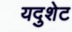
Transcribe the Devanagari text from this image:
यदुशेट